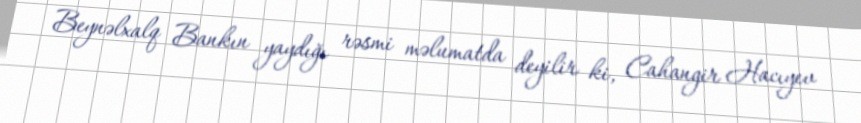
Beynəlxalq Bankın yaydığı rəsmi məlumatda deyilir ki, Cahangir Hacıyev